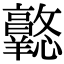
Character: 𢥦